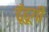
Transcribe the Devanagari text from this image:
ढूँढूगी